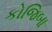
કોજિબા